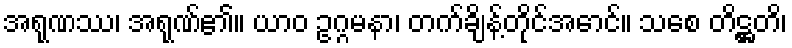
အရုဏဿ၊ အရုဏ်၏။ ယာဝ ဥဂ္ဂမနာ၊ တက်ချိန့်တိုင်အောင်။ သစေ တိဋ္ဌတိ၊